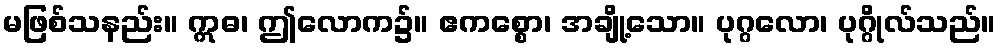
မဖြစ်သနည်း။ ဣဓ၊ ဤလောက၌။ ဧကစ္စော၊ အချို့သော။ ပုဂ္ဂလော၊ ပုဂ္ဂိုလ်သည်။